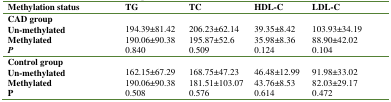
| Methylation status | TG | TC | HDL-C | LDL-C |
 | --- | --- | --- | --- | --- |
 | CAD group |  |  |  |  |
 | Un-methylated | 194.39±81.42 | 206.23±62.14 | 39.35±8.42 | 103.93±34.19 |
 | Methylated | 190.06±90.38 | 195.87±52.6 | 35.98±8.36 | 88.90±42.02 |
 | P | 0.840 | 0.509 | 0.124 | 0.104 |
 | Control group |  |  |  |  |
 | Un-methylated | 162.15±67.29 | 168.75±47.23 | 46.48±12.99 | 91.98±33.02 |
 | Methylated | 190.06±90.38 | 181.51±103.07 | 43.76±8.53 | 82.03±29.17 |
 | P | 0.508 | 0.576 | 0.614 | 0.472 |